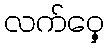
လက်ဝှေ့